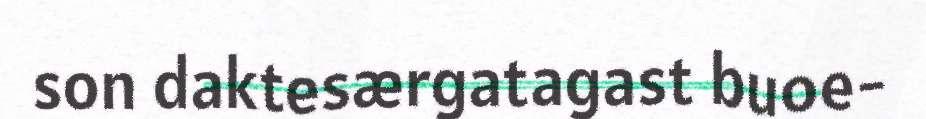
son daktesærgatagast buoe-